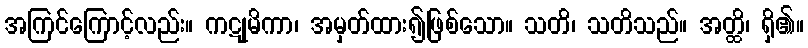
အကြင်ကြောင့်လည်း။ ကဋုမိကာ၊ အမှတ်ထား၍ဖြစ်သော။ သတိ၊ သတိသည်။ အတ္ထိ၊ ရှိ၏။